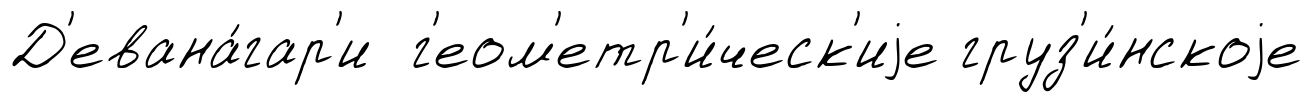
Д'евана́гар'и г'еом'етр'и́ческ'иjе груз'и́нскоjе